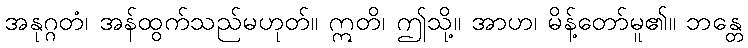
အနုဂ္ဂတံ၊ အန်ထွက်သည်မဟုတ်။ ဣတိ၊ ဤသို့။ အာဟ၊ မိန့်တော်မူ၏။ ဘန္တေ